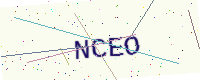
Text: NCEO